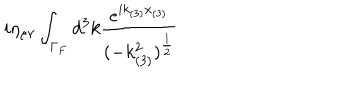
LaTeX: i \eta _ { \mu \nu } \int _ { \Gamma _ { F } } d ^ { 3 } k \frac { e ^ { i k _ { ( 3 ) } x _ { ( 3 ) } } } { ( - k _ { ( 3 ) } ^ { 2 } ) ^ { \frac { 1 } { 2 } } }